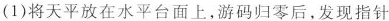
(1)将天平放在水平台面上，游码归零后，发现指针